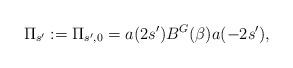
LaTeX: \begin{align*} \Pi_{s'} := \Pi_{s', 0} = a(2s')B^{G}(\beta)a(-2s'),\end{align*}